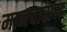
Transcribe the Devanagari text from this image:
मानवासम